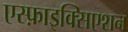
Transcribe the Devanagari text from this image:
एस्फ़ाइक्सिएशन